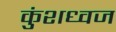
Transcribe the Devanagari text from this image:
कुंशध्वज